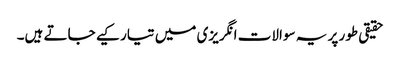
حقیقی طور پر یہ سوالات انگریزی میں تیار کیے جاتے ہیں۔